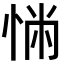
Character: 𢛎